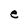
Character: e